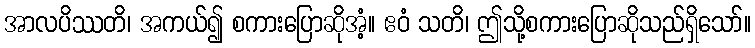
အာလပိဿတိ၊ အကယ်၍ စကားပြောဆိုအံ့။ ဧဝံ သတိ၊ ဤသို့စကားပြောဆိုသည်ရှိသော်။